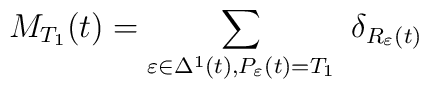
M_{T_1} (t) = \sum_{\varepsilon \in \Delta^1 (t) , P_{\varepsilon}(t) = T_1}\  \delta_{R_{\varepsilon} (t)}